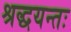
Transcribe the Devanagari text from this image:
श्रद्धयन्तः